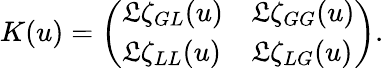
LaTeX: K(u)=\left(\begin{array}{ll}{\mathfrak{L}\zeta_{GL}(u)}&{\mathfrak{L}\zeta_{GG}(u)}\\ {\mathfrak{L}\zeta_{LL}(u)}&{\mathfrak{L}\zeta_{LG}(u)}\end{array}\right).